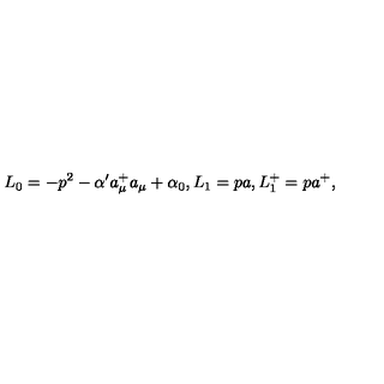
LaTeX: L _ { 0 } = - p ^ { 2 } - \alpha ^ { \prime } a _ { \mu } ^ { + } a _ { \mu } + \alpha _ { 0 } , L _ { 1 } = p a , L _ { 1 } ^ { + } = p a ^ { + } ,